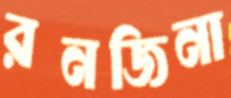
রনজিনা